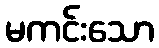
မကင်းသော